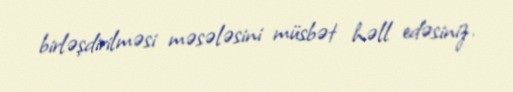
birləşdirilməsi məsələsini müsbət həll edəsiniz.